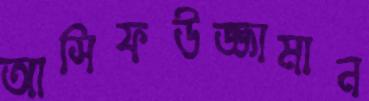
আসিফউজ্জামান